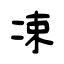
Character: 凁